Annual statistical returns and brief notes on vaccination in Bengal - 1887-1898
Year: 1887
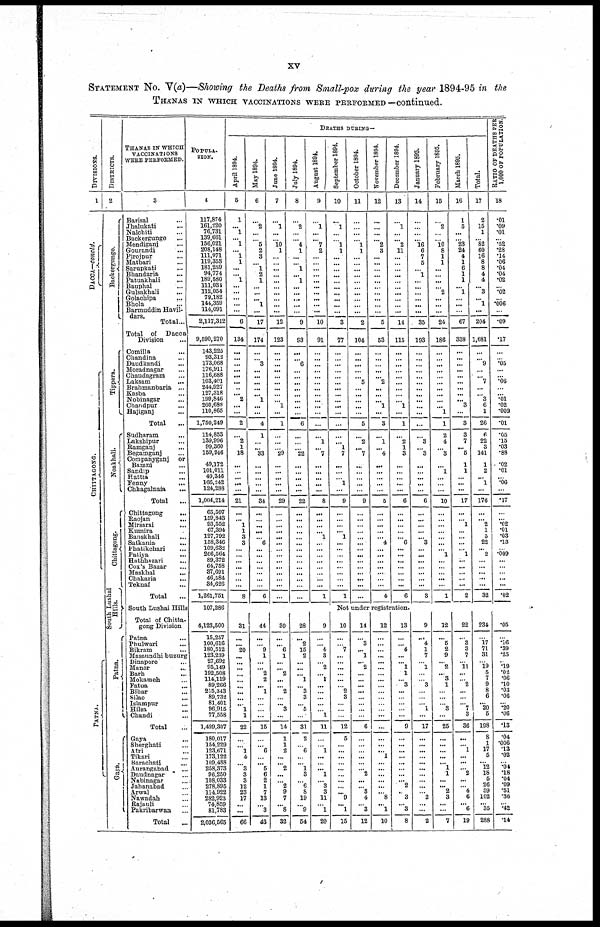
xv
STATEMENT No. V(a)—Showing the Deaths from Small-pox during the year 1894-95 in the
THANAS IN WHICH VACCINATIONS WERE PERFORMED—continued.
DIVISIONS.
1
DACCA—concld.
CHITAGONG.
PATNA.
DISTRICTS.
2
Backergunge.
Tippera.
Noakhali.
Chittagong.
South Lushai
Hills.
Pat na.
Gaya.
THANAS IN WHICH
VACCINATIONS
WERE PERFORMED.
3
Barisal ...
Jhalukati ...
Nalchiti ...
Backergunge ...
Mendiganj ...
Gourandi ...
Pirojpur ...
Matbari ...
Sarupkati ...
Bhandaria ...
Patuakhali ...
Bauphal ...
Gulsakhali ...
Golachipa ...
Bhola ...
Barmuddin Havil-
dars.
Total ...
Total of Dacca
Division ...
Comilla ...
Chandina ...
Daudkandi ...
Moradnagar ...
Chaudagram ...
Laksam
...
Brahmanbaria ...
Kasba ...
Nobinagar ...
Chandpur ...
Hajiganj ...
Total ...
Sudharam ...
Lakshipur ...
Ramganj ...
Begamganj ...
Companyganj or
Bamni ...
Sandip ...
Hattia ...
Fenny
...
Chhagalnaia
...
Total
...
Chittagong
...
Raojan
...
Mirsarai ...
Kumira Banskhali ...
Satkania ...
Phatikchari ...
Patiya ...
Hathhazari ...
Cox's Bazar ...
Maskhal ...
Chakaria ...
Teknaf ...
Total ...
South Lushai Hills
Total of Chitta-
gong Division
Patna ...
Phulwari ...
Bikram ...
Masaundhi buzurg
Dinapore ...
Maner
...
Barh ...
Mokameh ...
Fatua ...
Bihar ...
Silao
...
Islampur ...
Hilsa ...
Chandi ...
Total ...
Gaya ...
Sherghati ...
Atri ...
Tikari ...
Barachati ...
Aurangabad ...
Daudnagar ...
Nabinagar ...
Jahanabad ...
Arwal ...
Nawadah ...
Rajauli ...
Pakribarwan ...
Total ...
POPULA-
TION.
4
117,874
161,220
76,731
139,661
156,021
208,148
111,971
119,353
181,259
94,774
189,580
111,034
112,054
79,182 144,359
114,091
2,117,312
9,590,270
143,225
93,312
173,068
176,911
116,688
103,401
244,927
127,318
199,846
260,688
110,865
1,750,249
114,853
139,996
99,360 159,946
49,172
101,011
49,346
166,242
124,288
1,004,214
65,597
159,843
93,394 67,394
127,792
158,346
109,632
206,564
89,372
64,758
37,691
46,584
34,626
1,261,751
107,286
4,123,500
15,257
100,616
180,512
123,239
27,692
95,149
192,508
114,119
89,266
215,343
89,732
81,401
96,915
77,558
1,499,307
180,017
154,229
123,671
173,122
109,488
258,373
96,250
108,033
278,895
114,922
282,923
74,859
81,783
2,036,565
DEATHS DURING—
April 1894.
5
1
... 1
... 1
... 1
1
...
... 1
...
...
... ...
...
6
134
...
...
...
...
...
...
..
... 2
...
...
2
...
2
1
18
...
...
...
...
...
21
...
... 1
1
3
3
...
...
...
...
...
...
...
8
May 1894.
6
...
2
...
...
5
2
3
... 1
2
1
...
...
... 1
...
17
174
...
...
3
...
...
...
...
...
1
...
...
4
1
...
...
33
...
...
...
...
...
34
...
...
...
...
...
6
...
...
...
...
...
...
...
6
June 1894.
7
...
1
...
...
10
1
...
...
...
...
...
...
...
...
...
...
12
123
...
...
...
...
...
...
...
...
... 1
...
1
...
...
...
29
...
...
...
...
...
29
...
...
...
... ...
...
...
...
...
...
...
...
...
...
July 1894.
8
...
2
...
... 4
1
...
...
1
...
1
...
...
... ...
...
9
93
...
...
6
...
...
...
...
...
...
...
...
6
...
...
...
22
...
...
...
...
...
22
...
...
...
...
...
...
...
...
...
...
...
...
...
...
August 1894.
9
...
1
...
. .. 7
2
...
...
...
...
...
...
...
... . ..
...
10
91
...
... ...
...
...
...
... ...
...
...
...
...
...
1
...
7
...
...
...
...
...
8
...
...
...
...
1
...
...
...
...
...
...
...
...
1
September 1894.
10
...
1
...
...
1
1
...
...
...
...
...
...
...
...
...
...
3
77
...
...
...
...
...
...
...
...
... ...
...
...
...
...
1
7
...
...
...
1
...
9
...
...
...
... 1
...
...
...
...
...
...
...
...
1
October 1894.
11
...
...
...
... 1
1
...
...
...
...
...
...
... ...
...
...
2
104
...
...
...
...
... 5
...
...
...
...
...
5
...
2
...
7
...
...
...
...
...
9
...
...
...
...
...
...
...
...
...
...
...
...
...
...
November 1894.
12
...
...
...
2
3
...
...
...
...
...
...
...
...
...
...
5
53
...
...
...
... ...
2
...
...
... 1
...
3
...
1
...
4
...
...
...
...
...
5
...
...
...
... ... 4
...
...
...
...
...
...
...
4
December 1894.
13
...
1
...
2
11
...
...
...
...
...
...
... ...
...
...
14
115
...
...
...
...
...
...
... ...
... 1
...
1
...
2
1
3
...
...
...
...
...
6
...
...
...
...
...
6
...
...
...
...
...
...
...
6
January 1895.
14
...
...
...
... 16
6
7
5
...
1
...
...
...
... ...
...
35
193
...
...
...
...
...
...
...
...
...
...
...
...
...
3
...
3
...
...
...
...
...
6
...
... ...
...
...
3
...
...
...
...
...
...
...
3
February 1895.
15
...
2
...
...
10
8
1
1
...
...
...
...
2
... ...
...
24
186
...
...
...
...
...
...
...
...
...
...
1
1
2
4
...
3
...
1
...
...
...
10
...
...
... ...
...
...
... 1
...
...
...
...
...
1
March 1895.
16
1
5
...
...
23
24
4
1
6
1
1
...
1
...
...
...
67
338
...
...
...
...
...
...
...
...
... 3
...
3
3
7
...
5
1
1
...
...
...
17
...
... 1
...
...
...
... 1
...
...
...
...
...
2
Total.
17
2
15
1
...
82
60
16
8
8
4
4
... 3
...
1
...
204
1,681
...
... 9
...
... 7
...
... 3
6
1
26
6
22
3
141
1
2
... 1
...
176
...
... 2
1
5
22
... 2
...
...
...
...
...
32
RATIO OF DEATHS PER
1,000 OF POPULATION.
18
.01
.09
.01
... .52
.28
.14
.06
.04
.04
.02
... .02
...
.006
...
.09
.17
...
...
.05
...
... .06
...
... .01
.02
.009
.01
.05
.15
.03 .88
.02
.01
... .06
...
.17
...
...
.02 .01
.03
.13
...
.009
...
...
...
...
...
.02
Not under registration.
31
...
... 20
...
...
... ...
...
...
...
...
... 1
1
22
...
... 1
4
...
3
3
3
12
23
17
...
...
66
44
...
...
9
1
...
... 2 2
... 1
...
...
...
...
15
...
... 6
...
... 5
6
2
1
7
13
...
3
43
30
...
...
6
1
...
... 2
...
... 2
...
... 3
...
14
1
1
2
...
...
2
...
... 2
9
7
... 8
32
28
...
2
15
2
...
... ...
1
...
3
3
...
5
...
31
2
6
...
... 1
3
...
6
8
19
... 9
54
9
...
... 4
3
... 2
...
1
...
...
...
...
... 1
11
...
... 1
...
...
... 1
...
3
3
11
...
1
20
10
...
...
7
...
...
... ...
...
... 2
3
...
...
...
12
5
...
...
...
...
...
...
...
...
... 9
... 1
15
14
...
3
... 1
... 2
...
...
...
...
...
...
...
...
6
...
...
...
...
...
...
2
...
... 3
4
... 3
12
12
...
...
...
...
...
... ...
...
...
...
...
...
...
...
...
...
...
... 1
...
...
...
...
...
... 8
... 1
10
13
...
...
4
...
... 1
1
... 3
...
...
...
...
...
9
...
...
...
...
...
...
...
... 2
... 3
... 3
8
9
...
4
1
7
...
1
...
...
3
...
...
...
1
...
17
...
...
...
...
...
...
...
...
...
...
2
...
...
2
12
...
5
2
9
...
2
...
3
1
...
...
...
3
...
25
...
...
...
...
... 1
1
...
... 2
3
...
...
7
22
...
3
3
7
...
11
...
... 2
...
...
... 7
3
36
...
...
1
...
...
... 2
...
...
4
6
... 6
19
234
...
17
71
31
... 19
5
7
9
8
6
... 20
5
198
8
1
17
6
... 12
18
5
26
59
102
... 35
288
.05
...
.16
.39
.25
... .19
.02
.06
.10
.03
.06
...
.20
.06
.13
.04
.006
.13 .02
...
...
.18
.04 ...
.51 .36
...
.42
.14